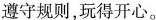
遵守规则，玩得开心。